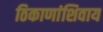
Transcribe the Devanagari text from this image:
ठिकाणांशिवाय